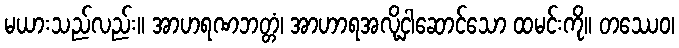
မယားသည်လည်း။ အာဟရဏဘတ္တံ၊ အာဟာရအလို့ငှါဆောင်သော ထမင်းကို။ တဿေဝ၊